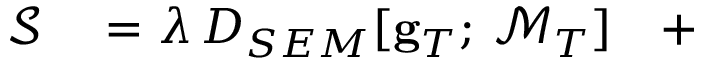
\begin{array} { r l } { \mathcal { S } } & { { } = \lambda \, D _ { S E M } [ { \bf g } _ { T } ; \, \mathcal { M } _ { T } ] \quad + } \end{array}